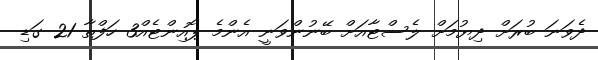
ދެވަނަ ބުރަށް ދިޔުމަށް ލެސްޓާއަށް ބޭނުންވަނީ އެންމެ ޕޮއިންޓެއް3 ހަފްތާ 21 ގަޑި